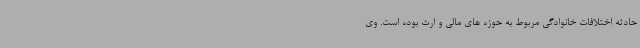
حادثه اختلافات خانوادگی مربوط به حوزه های مالی و ارث بوده است. وی